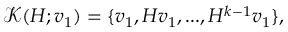
\mathcal { K } ( H ; v _ { 1 } ) = \{ v _ { 1 } , H v _ { 1 } , . . . , H ^ { k - 1 } v _ { 1 } \} ,